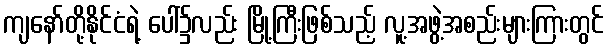
ကျနော်တို့နိုင်ငံရဲ့ ပေါ်၌လည်း မြို့ကြီးဖြစ်သည့် လူ့အဖွဲ့အစည်းများကြားတွင်